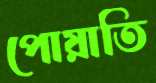
পোয়াতি